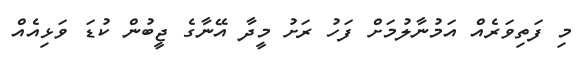
މި ފަތިވަރެއް އަމުނާލުމަށް ފަހު ރަށު މީދާ އޭނާގެ ޖީބުން ކުޑަ ވަޅިއެއް